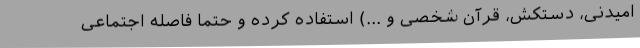
امیدنی، دستکش، قرآن شخصی و ...) استفاده کرده و حتما فاصله اجتماعی